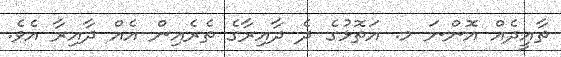
ތާއީދެއް އޮންނަ މ. އަތޮޅުގެ ދެ ދާއިރާގެ ތެރެއިން އެއް ދާއިރާ އެވެ.